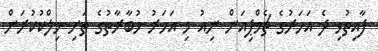
ފާއިތުވި ދެ އަހަރުގެ ޗެމްޕިއަން ނިއު މި އަހަރު މުބާރާތުގެ ތަށި މިލްކުކުރަން